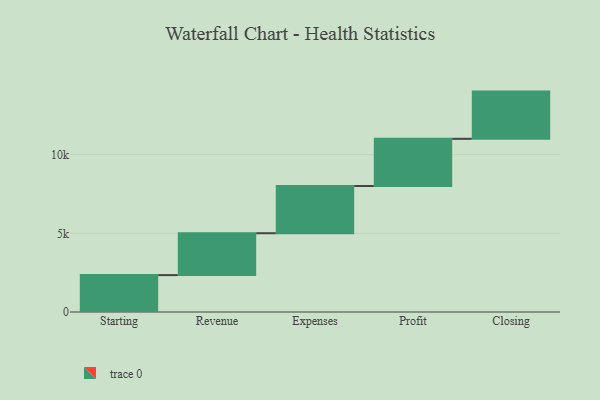
{"axis": {"x": "Step", "y": "Value"}, "legend": [""], "data": [{"x": "Starting", "y": 2344.0, "type": ""}, {"x": "Revenue", "y": 2662.0, "type": ""}, {"x": "Expenses", "y": 3000, "type": ""}, {"x": "Profit", "y": 3000, "type": ""}, {"x": "Closing", "y": 3000, "type": ""}]}